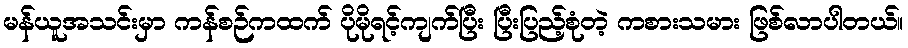
မန်ယူအသင်းမှာ ကန်စဉ်ကထက် ပိုမိုရင့်ကျက်ပြီး ပြီးပြည့်စုံတဲ့ ကစားသမား ဖြစ်လာပါတယ်။